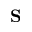
\textbf { S }